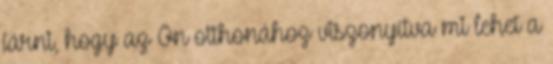
járni, hogy az Ön otthonához viszonyítva mi lehet a